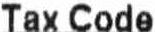
TAX CODE